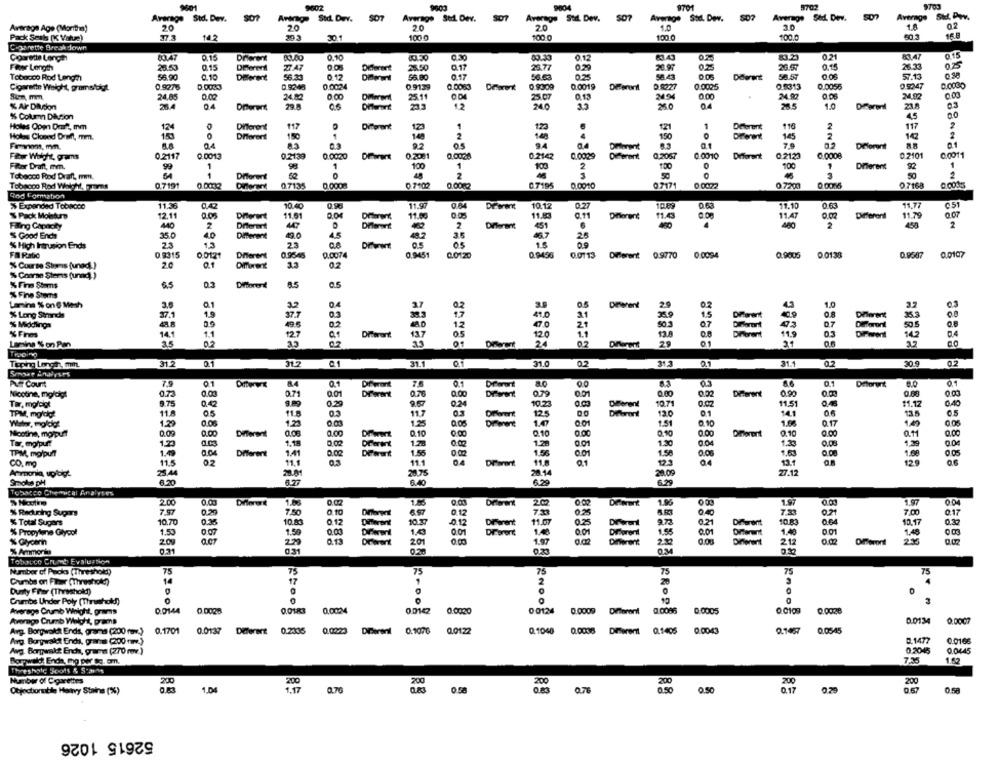
9002
9603
9004
9701
5702
9703
Average Ski Ppy,
Average Std. Dev.
Average Std. Dev. SO7
Average Std. Dev.
Average Stil. Dev.
507
Average Sid. Dev.
Average Std. Dev.
02
Average Age (Morithis)
20
20
20
20
4.0
30
Pack Seabs (K Value)
14
30
1000
100-0
100.0
100.0
C-Barette Break down
0.15
Cigarette Length
Drierent
80.60
0.10
80.50
0.30
0.12
83.43
0.25
0.21
83.47
Fler Length
28.53
0.15
Diferent
27.47
0.08
Different
28.50
0.17
25.77
20.97
0.25
0.15
26.33
025
Tobacco Rod Lenge
56.90
0.10
Different
56.23
0.12
56.80
0.17
56.63
5843
Diferent
58.57
57.13
0 30
0.0024
0.9139
0.0083
0.0019
D 8227
0.002:5
0.5313
0.0055
0.9247
0.0030
Cigarette Weight, gramstel.
0.9275
D.OOSS
0.5248
0.9309
Semm mmm.
24.85
24.82
0.00
Diferen
25.11
25.07
0.13
0.00
24.00
0.03
% AF Dilution
26.4
04
Diferent
29.8
233
240
24.0
04
28.5
1.0
Diferenl
23.8
03
45
% Column Diktion
Holes Open Dent, mm
124
Different
117
Diferent
-
120
121
1
Deterent
116
2
117
2
Holas Cloned Draft, mm.
0
Diforent
150
2
150
Different
145
2
Frevon, mm.
04
92
94
Dimorant
a.1
Deforent
0.2139
0.2031
0.0028
0.0029
0.2057
0.0010
0.2123
0.0008
0.2101
0.0011
Fiber Wilght, grams
0.2117
0.0013
0.0020
0.2142
Diferent
Fitar Draft, mm.
99
1
1
100
1
100
1
Diferent
92
1
Tobacco Rod Draft, mm.
Diforent
2
50
50
2
0.7191
0.7135
0 7102
0.0082
0.7195
0.0010
0.7171
0 0022
0.0036
0.7168
Tobacco Rod Weldhl, rams
0.0008
0 7200
Rod Formation
% Expanded Tobacco
10.40
11.97
10.17
0.27
0.63
17.10
0.63
11.77
051
% Pack Mobturn
12.11
Diferent
11.61
11.00
11.80
11.43
11.47
Diferent
11.79
0.07
Filing Capacity
440
2
447
2
Different
451
480
2
450
2
'S Good Enche
35.0
40
Diferent
45
3.5
36.7
% High Intrusion Ends
23
23
0.9315
0.0074
0.9451
0.9436
0.0107
FA Ratio
0.0121
0.95m
0.0120
0.0113
Different 0.9770
0:0094
0.9005
0 0138
0.9507
% Course Stans (unadl)
2.0
01
33
02
% Conrae Sters (unnd) )
0.3
% Fine Stems
6.5
Diflorert
as
0.5
% Fine Stems
Lamine % on 6 Mesh
Q1
04
02
DEMent
29
1.0
% Long Strande
37.1
1.9
41.0
36.9
15
37.7
31
07
Diferent
35.
% Middings
4.8
0.2
12
47.0
2
Different
43
07
50.5
% Fines
14.1
1.1
12.7
37
120
1.1
13.8
11.9
14.2
Lamina % on Pan
35
02
24
29
01
22
Tipping Longa, min.
31.2
0.1
31.2 0.1
31.1
01
31.0
02
31.5
0.1
31.1
0.2
30.9
Serowe analyses
ALS Count
07
0.1
8.0
7.9
84
Nicotine, mgldigt
0.73
0.00
0.71
0.01
0.70
0.00
Different
001
0.00
0.33
Different
0.90
0.80
Tar, mg/ciot
9.75
0.42
9.29
0.29
0.24
10.23
Diferent
10.7
0.02
11.51
11.12
0.40
TPM, mglda
11.8
05
11.8
03
11.7
Different
125
120
0.1
141
13.5
0.5
1.5
Watw, moldy!
1.29
1.25
1.25
Different
1.51
0.10
0.17
Mootine, moipuff
0.0
0.00
Different
0.08
0.00
0.10
0.10
0.10
0.00
Diferent
0.10
0.00
0.00
Tar, moipurt
1.23
1.18
1.20
1.30
1.30
0.08
1.3
0.0
1.41
1.55
1.56
1.5
0.08
0.08
1.68
0.05
TPM, mg/pull
0.0
Different
0.02
CO. mg
11.5
02
11.
886
11.1
11.8
04
129
Armonia, spidigt
20.75
28.14
20.00
27.12
Smoke pH
6.40
6,20
Tobacco Chemical Analyses
2.00
1.08
0.02
2.02
0.00
1.9%
1.9
1.97
004
% Reducing Super
737
7.50
0.10
6.97
0.17
0.25
5.83
0.40
0.21
7.00
0.17
% Total Supers
10.70
10.83
0.12
Diferent
10.37
012
Different
11.07
0.25
0.21
Different
10.17
% Propylene Glycol
1.50
0 07
1.50
0.00
Different
1.43
0.01
Diferent
001
1.55
0.01
1.48
1.48
% Glycer
200
2.29
Drarent
201
1.97
000
212
28
0.31
Tobacco Crumb Evaluation
Number of Packs (Threshold!)
75
75
75
75
75
75
Crumbs on Fleer (Threshold?)
14
17
2
Dunty Frar (Threshold!)
0
Crumbs Under Poly (Thrushok!)
Average Crumb Weight, grams
0.0144
0.0028
0.0183
0.0024
0.0142
0.0020
0:0124
0.0009
0.0086
0:0005
O.0109
0.0134
0.0007
Average Crumb Weight, prams
Avg. Borgwakt Ends, grama (200 (v.)
0.1701
0.0137
Diferent 0.2335
0.0223 Diferent
0.1076
0.0122
0.1040
0.0086
Diferent
0.1405
0.0043
0.1467
0.0545
Arg. Borgwaldt Endis, grants (200 v.)
0.1477
0.0168
0.2045
0.0445
Avg. Bergpunkt Encha, grams (270 mv.)
Bor wald Ende, mg per ke. em.
7.35
1.52
Threshold Soofs & 5-2M
Number of Cigarettes
200
200
200
200
200
200
200
1.17
0.50
0.57
Otjonctionble Hatvy Stains (%)
1.04
0.76
076
0.50
0.17
0.58
52615 1026